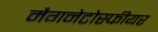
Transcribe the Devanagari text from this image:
मैगनेटोस्फीयर